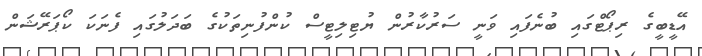
އޭޑީބީގެ ރިޕޯޓްގައި ބުނެފައި ވަނީ ސަރުކާރުން ޔުޓިލިޓީސް ކުންފުނިތަކުގެ ބަދަލުގައި ފެނަކަ ކޯޕަރޭޝަން